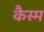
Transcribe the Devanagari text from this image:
कैस्म